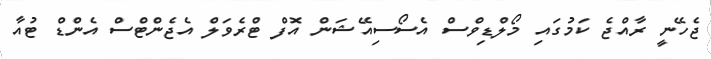
ޖެހޭނީ ރާއްޖެ ކަމުގައި މޯލްޑިވްސް އެސޯސިއޭޝަން އޮފް ޓްރެވަލް އެޖެންޓްސް އެންޑް ޓުއާ